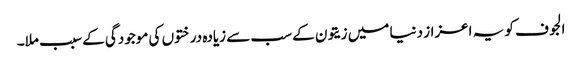
الجوف کو یہ اعزاز دنیا میں زیتون کے سب سے زیادہ درختوں کی موجودگی کے سبب ملا۔